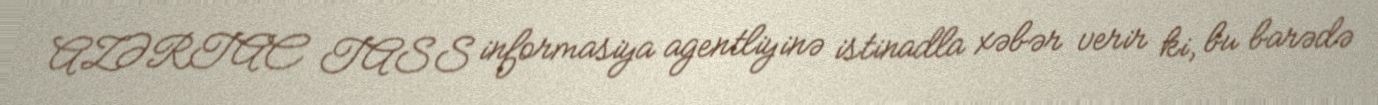
AZƏRTAC TASS informasiya agentliyinə istinadla xəbər verir ki, bu barədə